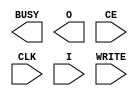
module ICAP_VIRTEX4 (BUSY, O, CE, CLK, I, WRITE);

    output BUSY;
    output [31:0] O;

    input  CE, CLK, WRITE;
    input  [31:0] I;

    parameter ICAP_WIDTH = "X8";
    
endmodule